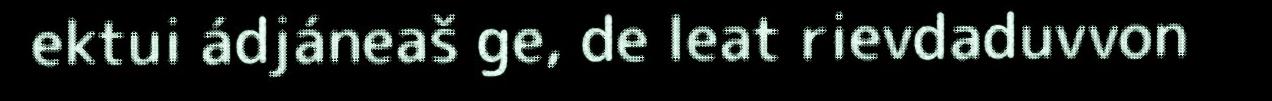
ektui ádjáneaš ge, de leat rievdaduvvon